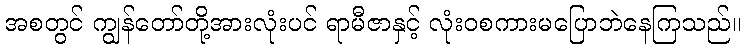
အစတွင် ကျွန်တော်တို့အားလုံးပင် ရာမီဇာနှင့် လုံးဝစကားမပြောဘဲနေကြသည်။